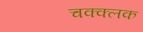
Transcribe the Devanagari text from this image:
चक्क्लक